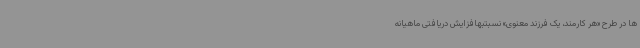
ها در طرح «هر کارمند، یک فرزند معنوی» نسبتبهافزایش دریافتی ماهیانه